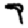
Digit: 7